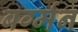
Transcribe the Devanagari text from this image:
बर्ग्मन